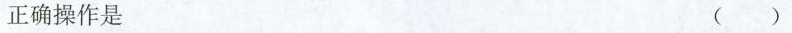
正确操作是 ( )